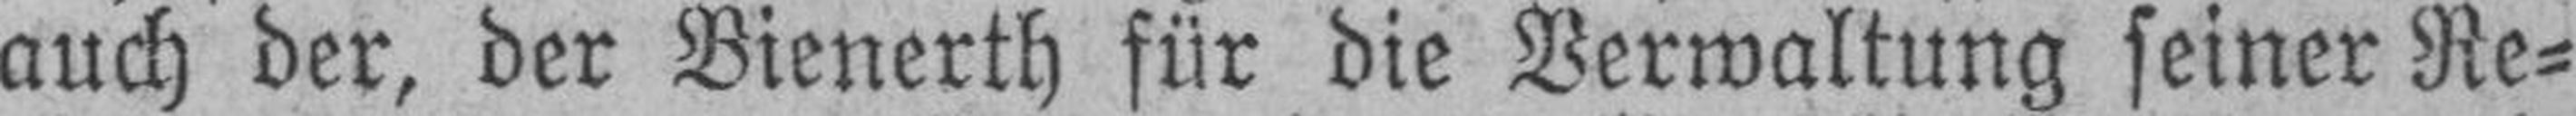
auch der, der Bienerth für die Verwaltung seiner Re¬